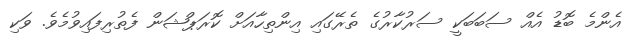
އެންމެ ބޮޑު އެއް ސަބަބަކީ ސަރުކާރުގެ ތެރޭގައި އިންތިހާއަށް ކޮރަޕްޝަން ފެތުރިފައިވުމެވެ. ވަކި